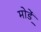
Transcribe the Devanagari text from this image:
मोडे़ं